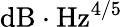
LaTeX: \mathrm{{dB}\cdot\mathrm{{Hz}^{4/5}}}